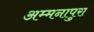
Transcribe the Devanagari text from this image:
अम्मनापुरा